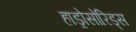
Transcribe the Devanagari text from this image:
हाड्रोसोरिड्स